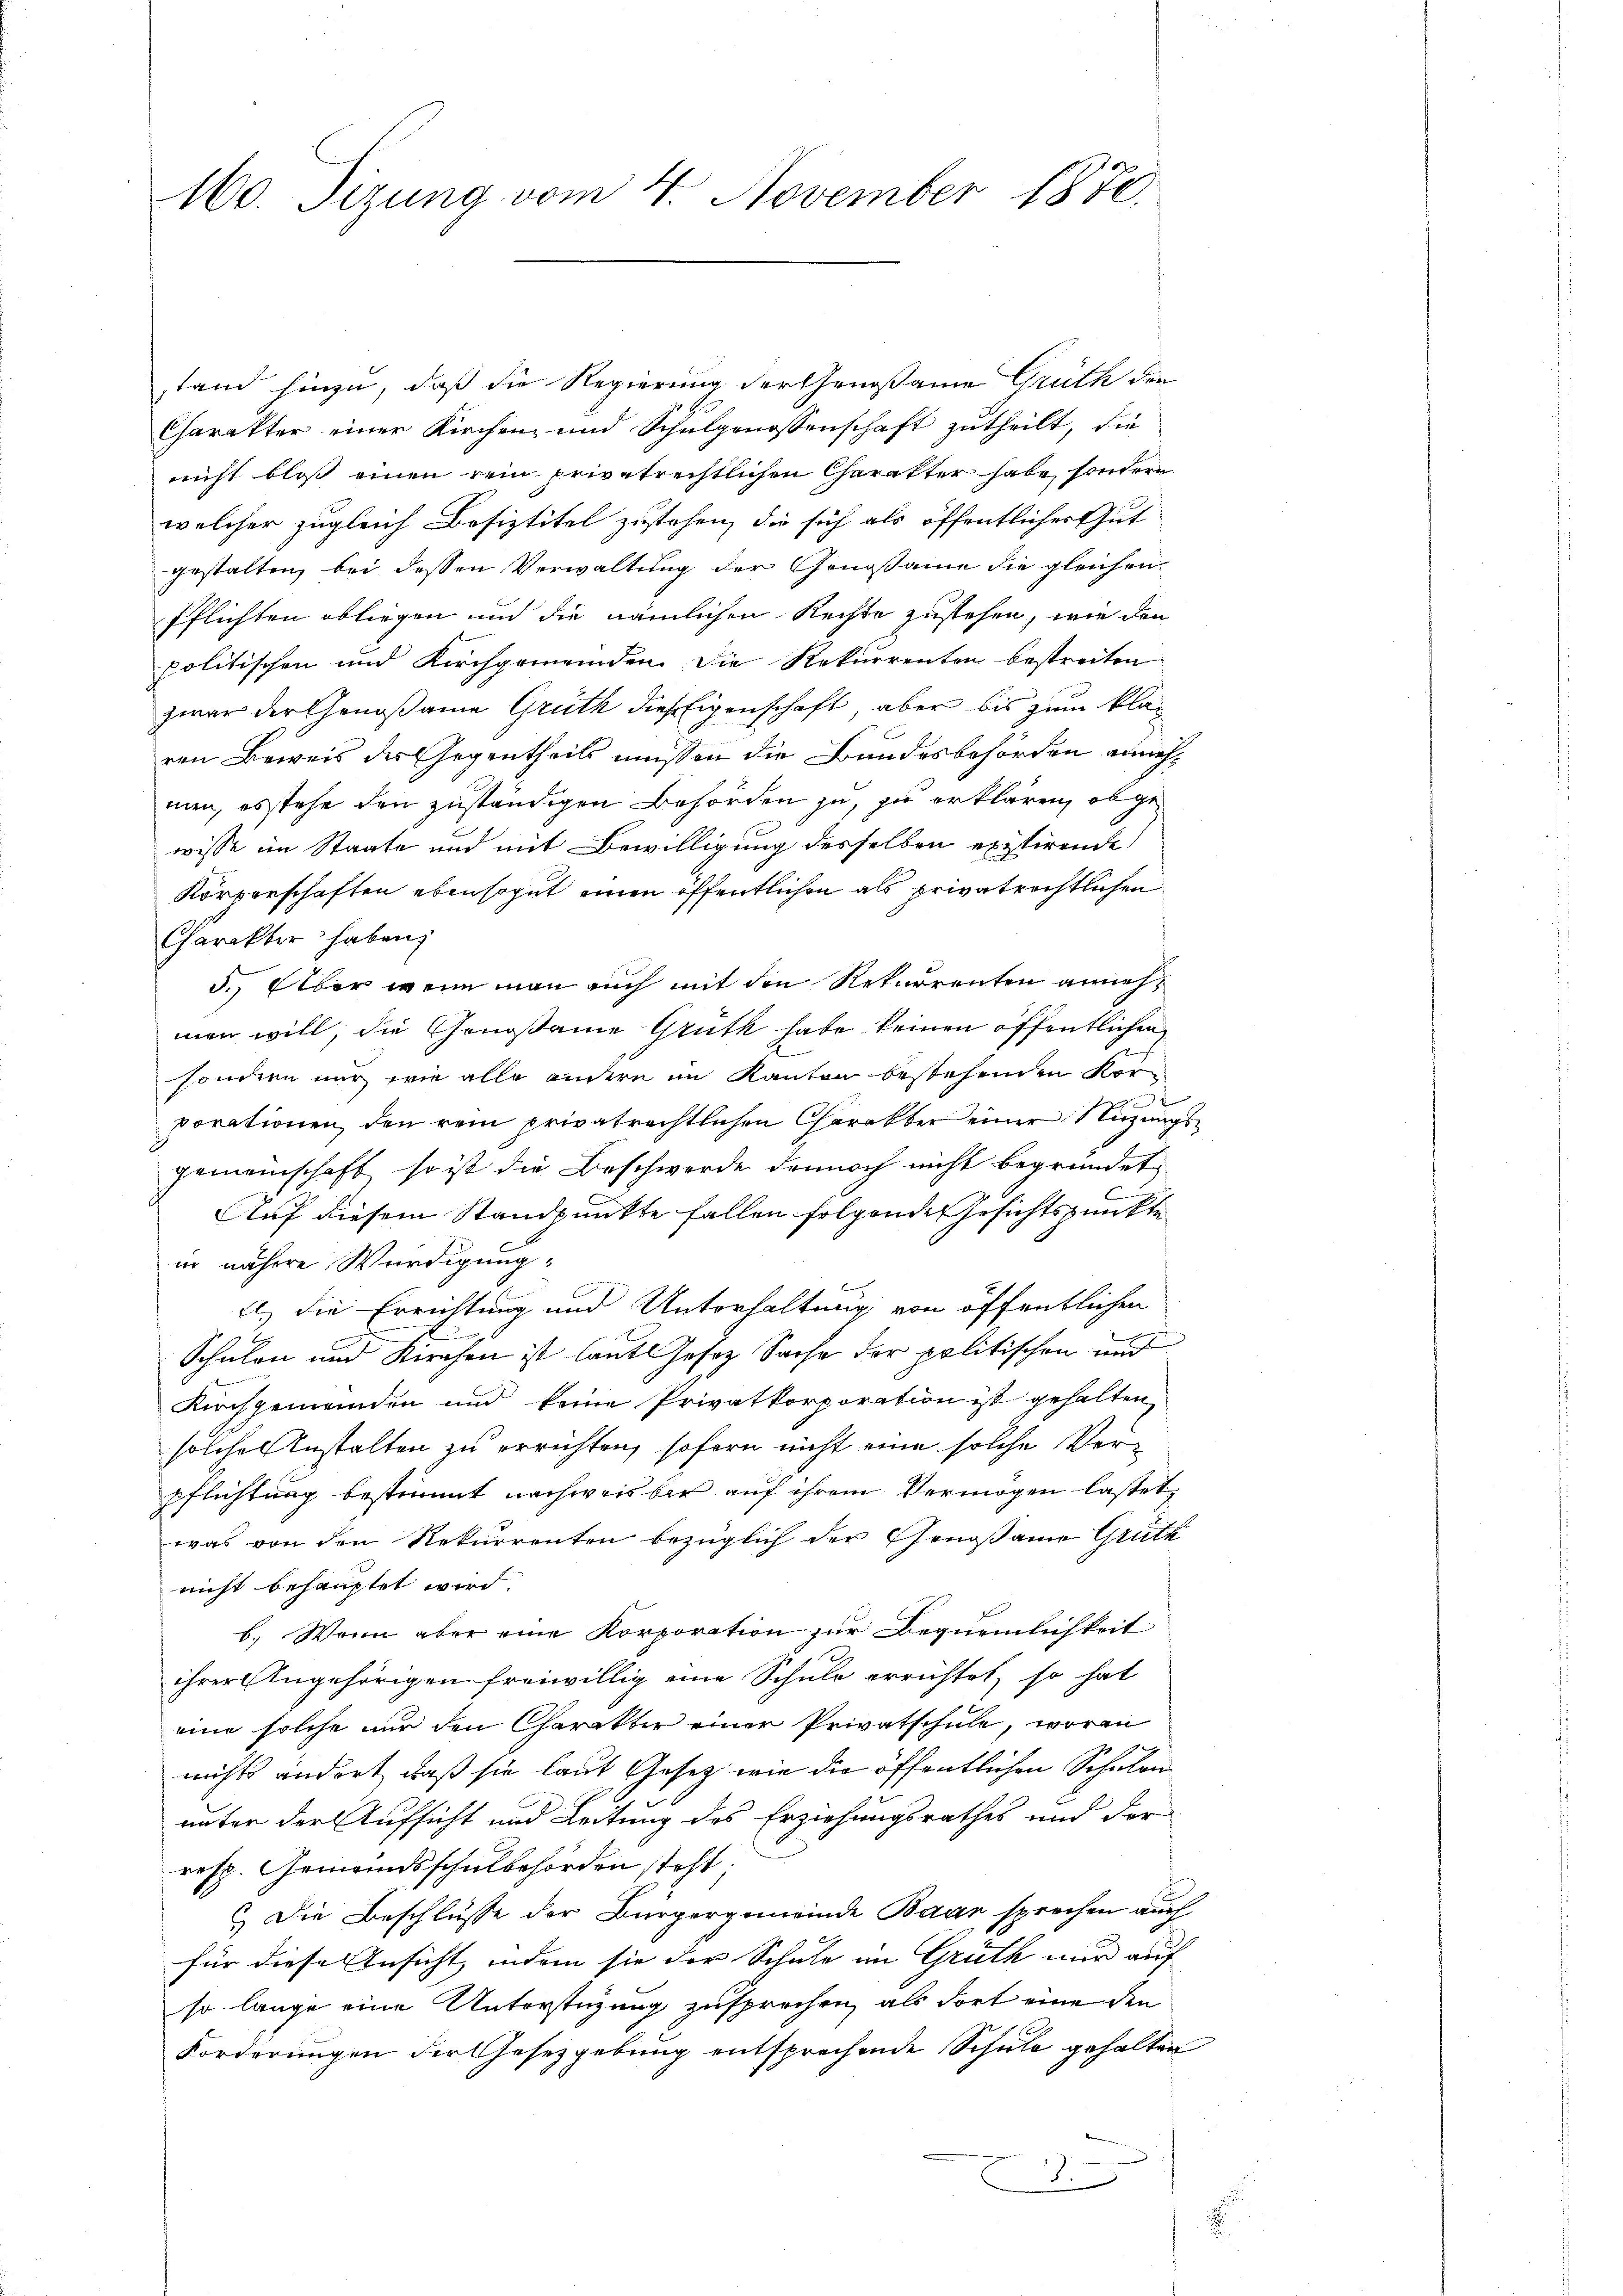
160. Sizung vom 4. November 1870.

stand hinzu, daß die Regierung der Genosame Grüth der
Charakter einer Kirchen und Schulgenossenschaft zutheilt, die
nicht bloß einen rein privatrechtlichen Charakter habe, sondern
welcher zugleich Besiztitel zustehen, die sich als öffentlicher Gut
gestalten, bei dessen Verwaltung der Genoßame die gleichen
Pflichten obliegen und die nämlichen Rechte zustehen, wie den
politischen und Kirchgemeinden. Die Rekurrenten bestreiten
zwar der Genoßame Grüth dies Eigenschaft, aber bis zum Klaren Beweis der Gegentheils müssen die Bundesbehörden annehmen, es stehe den zuständigen Behörden zu, zu erklären, obgewisse im Staate und mit Bewilligung desselben existirende
Körperschaften ebensogut einen öffentlichen als privatrechtlichen
Charakter haben,
5. Über wenn man auch mit den Rekurrenten annehmen will, die Genoßame Grüth habe keinen öffentlichen
sondern nur wie alle andern im Kanton bestehenden Kor
c
porationen, den rein privatrechtlichen Charakter einer Nutzungsgemeinschaft, so ist die Beschwerde dennoch nicht begründet,
Auf diesem Standpunkte fallen folgende Gesichtspunkte
in nähere Würdigung.
A. die Errichtung und Unterhaltung von öffentlichen
E
Schulen und Kirchen ist laut Jesoz Sache der politischen und
Kirchgemeinden und keine Privatkorporation ist gehalten
solche Anstalten zu errichten, sofern nicht eine solche Verpflichtung bestimmt nachweisbar auf ihrem Vermögen lastet,
was von den Rekurrenten bezüglich der Genoßame Grüth
nicht behauptet wird.
b. Wenn aber eine Korporation zur Bequemlichkeit
ihrer Angehörigen freiwillig eine Schule errichtet, so hat
eine solche nur den Charakter einer Privatschule, worin
nichts ändert, daß sie laut Gesetz wie die öffentlichen Schulen
unter der Aufsicht und Leitung des Erziehungsrathes und For
resp. Gemeindsschulbehörden steht;
c. Die Beschlüsse der Bürgergemeinde Baar sprechen auch
für diese Ansicht, indem sie der Schule im Grüth nur auf
so lange eine Unterstüzung zusprechen, als dort eine den
Forderungen der Gesetzgebung entsprechende Schule gehalten
.